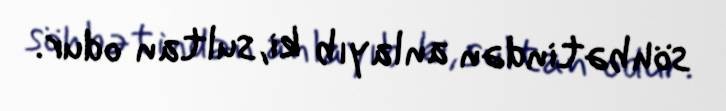
söhbətindən anlayıb ki, sultan odur.